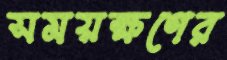
সময়ক্ষণের